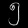
Digit: ၅